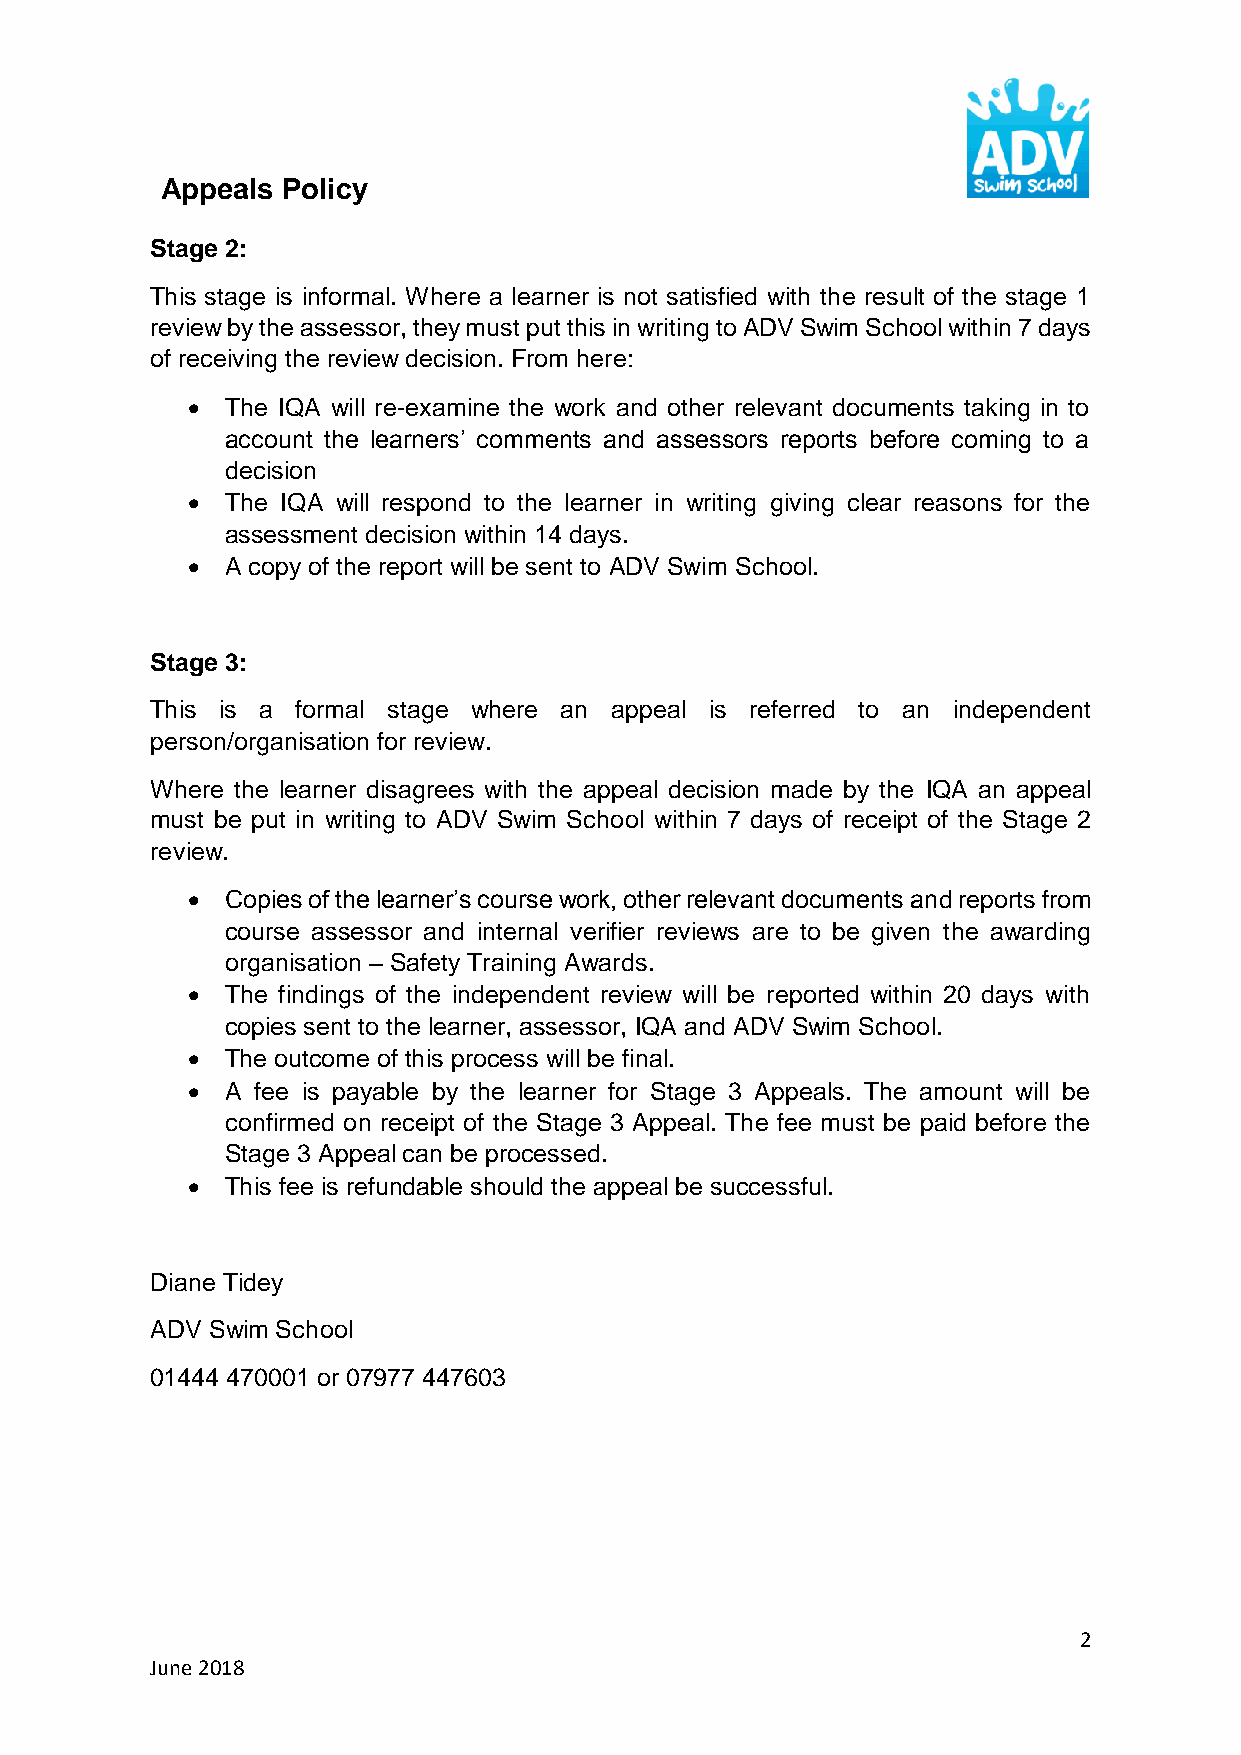
Appeals Policy
 Stage 2:
 This stage is informal. Where a learner is not satisfied with the result of the stage 1
 review by the assessor, they must put this in writing to ADV Swim School within 7 days
 of receiving the review decision. From here:
 •  The IQA will re-examine the work and other relevant documents taking in to
 account the learners’ comments and assessors reports before coming to a
 decision
 •  The IQA will respond to the learner in writing giving clear reasons for the
 assessment decision within 14 days.
 •  A copy of the report will be sent to ADV Swim School.
 Stage 3:
 This is a formal stage where an appeal is referred to an independent
 person/organisation for review.
 Where the learner disagrees with the appeal decision made by the IQA an appeal
 must be put in writing to ADV Swim School within 7 days of receipt of the Stage 2
 review.
 •  Copies of the learner’s course work, other relevant documents and reports from
 course assessor and internal verifier reviews are to be given the awarding
 organisation – Safety Training Awards.
 •  The findings of the independent review will be reported within 20 days with
 copies sent to the learner, assessor, IQA and ADV Swim School.
 •  The outcome of this process will be final.
 •  A fee is payable by the learner for Stage 3 Appeals. The amount will be
 confirmed on receipt of the Stage 3 Appeal. The fee must be paid before the
 Stage 3 Appeal can be processed.
 •  This fee is refundable should the appeal be successful.
 Diane Tidey
 ADV Swim School
 01444 470001 or 07977 447603
 2
 June 2018